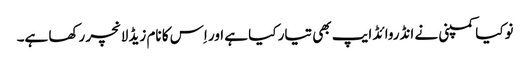
نوکیا کمپنی نے انڈروائڈ ایپ بھی تیار کیا ہے اور اِس کا نام زیڈ لانچر رکھا ہے۔